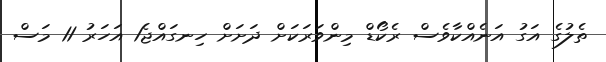
ތެލުގެ އަގު އަނެއްކާވެސް ރެކޯޑް މިންވަރަކަށް ދަށަށް ހިނގައްޖެ1 އަހަރު 11 މަސް